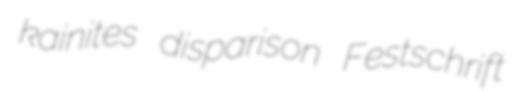
kainites disparison Festschrift